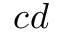
c d